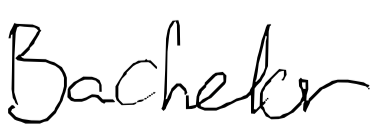
Text: Bachelor
Cross-out: clean
Writing tool: digital_black